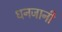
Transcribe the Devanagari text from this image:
धनजानी